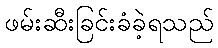
ဖမ်းဆီးခြင်းခံခဲ့ရသည်